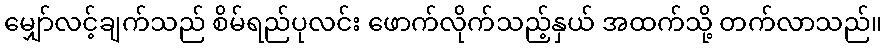
မျှော်လင့်ချက်သည် စိမ်ရည်ပုလင်း ဖောက်လိုက်သည့်နှယ် အထက်သို့ တက်လာသည်။